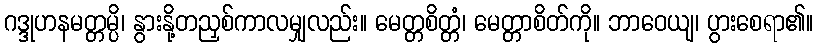
ဂဒ္ဒုဟနမတ္တမ္ပိ၊ နွားနို့တညှစ်ကာလမျှလည်း။ မေတ္တစိတ္တံ၊ မေတ္တာစိတ်ကို။ ဘာဝေယျ၊ ပွားစေရာ၏။